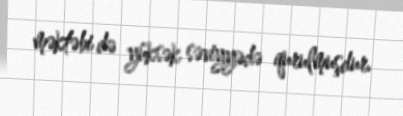
məktəbi də yüksək səviyyədə qurulmuşdur.